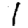
Digit: 1